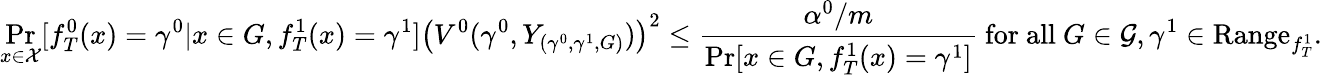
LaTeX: \operatorname*{Pr}_{x\in\mathcal{X}}[f_{T}^{0}(x)=\gamma^{0}|x\in G,f_{T}^{1}(x)=\gamma^{1}]\left(V^{0}(\gamma^{0},Y_{(\gamma^{0},\gamma^{1},G)})\right)^{2}\leq\frac{\alpha^{0}/m}{\operatorname*{Pr}[x\in G,f_{T}^{1}(x)=\gamma^{1}]}\mathrm{~for~all~}G\in\mathcal{G},\gamma^{1}\in\textrm{Range}_{f_{T}^{1}}.